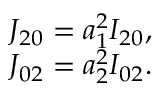
\begin{array} { c } { { J _ { 2 0 } } = a _ { 1 } ^ { 2 } { I _ { 2 0 } } , } \\ { { J _ { 0 2 } } = a _ { 2 } ^ { 2 } { I _ { 0 2 } } . } \end{array}